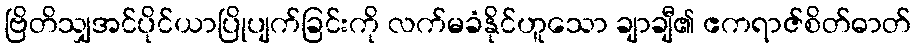
ဗြိတိသျှအင်ပိုင်ယာပြိုပျက်ခြင်းကို လက်မခံနိုင်ဟူသော ချာချီ၏ ဧကရာဇ်စိတ်ဓာတ်